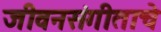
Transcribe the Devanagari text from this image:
जीवनसंगीताचे